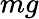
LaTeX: mg